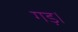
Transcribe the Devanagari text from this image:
गड़।